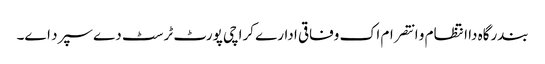
بندرگاہ دا انتظام و انتصرام اک وفاقی ادارے کراچی پورٹ ٹرسٹ دے سپرد ا‏‏ے۔